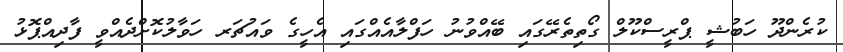
ކުރެންދޫ ހަބުޝީ ޕްރީސްކޫލް ގޯތިތެރޭގައި ބޭއްވުނު ހަފްލާއެއްގައި އެހީގެ ވައުޗަރ ހަވާލުކޮށްދެއްވީ ފާދިއްޕޮޅު